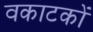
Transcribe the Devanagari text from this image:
वकाटकों